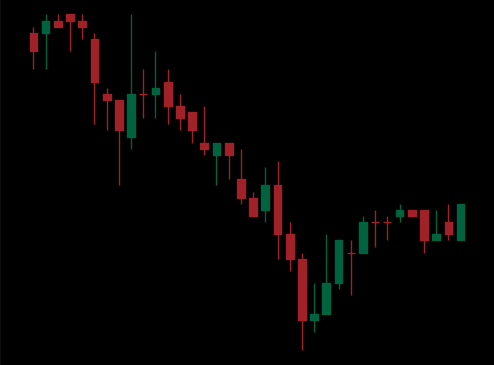
Pattern: bull_flag